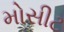
મોસીટ